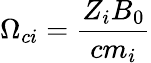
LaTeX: \Omega_{ci}=\frac{Z_{i}B_{0}}{cm_{i}}